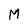
Character: M